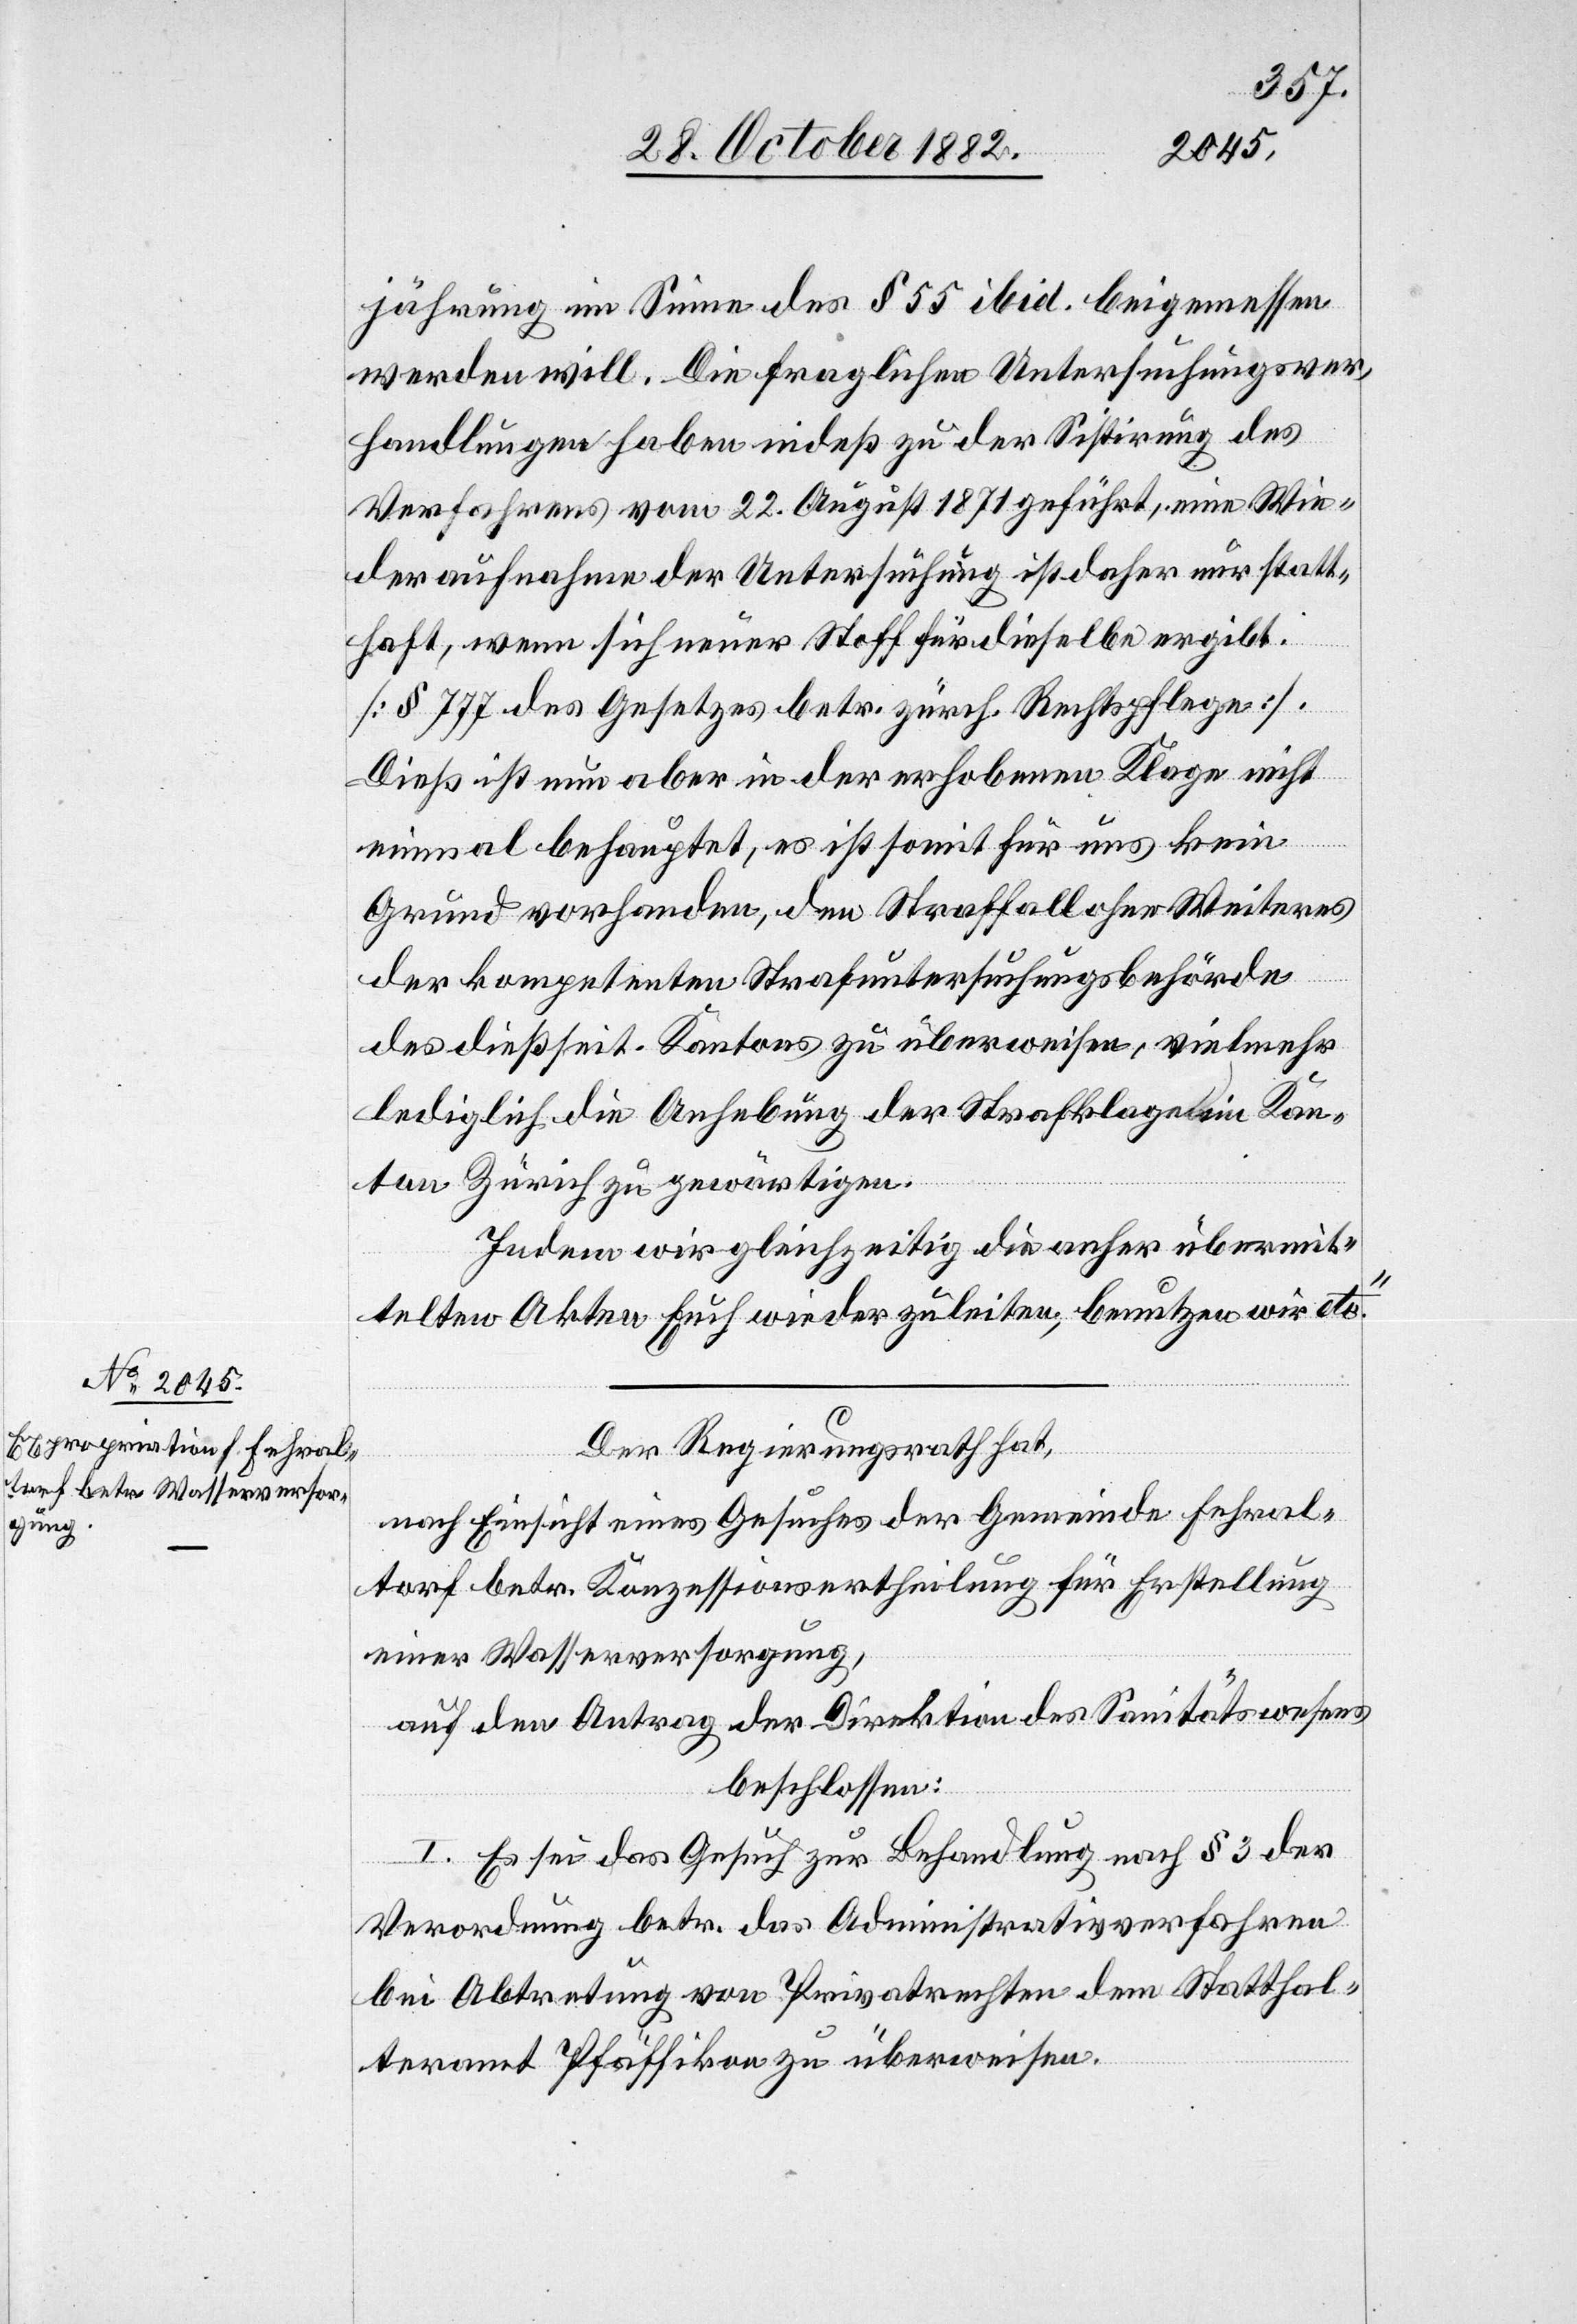
Der Regierungsrath hat,
nach Einsicht eines Gesuches der Gemeinde Fehral¬
torf betr. Konzessionsertheilung für Erstellung
einer Wasserversorgung,
auf den Antrag der Direktion des Sanitätswesens,
beschlossen:
I. Es sei das Gesuch zur Behandlung nach § 3 der
Verordnung betr. das Administrativverfahren
bei Abtretung von Privatrechten dem Statthal¬
teramt Pfäffikon zu überweisen.